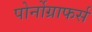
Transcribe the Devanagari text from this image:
पोर्नोग्राफर्स